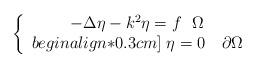
LaTeX: \begin{align*}\left\{\begin{array}{ccc}-\Delta\eta-k^2\eta=f\,\,\,\,\Omega\\begin{align*}0.3cm]\;\eta=0\,\,\,\,\,\,\partial\Omega\end{array}\right.\end{align*}